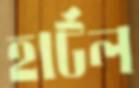
হার্টল